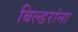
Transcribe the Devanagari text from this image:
बिल्डरांना